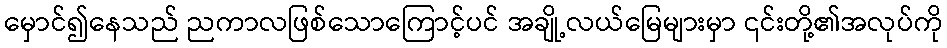
မှောင်၍နေသည် ညကာလဖြစ်သောကြောင့်ပင် အချို့လယ်မြေများမှာ ၎င်းတို့၏အလုပ်ကို